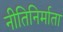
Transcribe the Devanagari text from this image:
नीतिनिर्माता